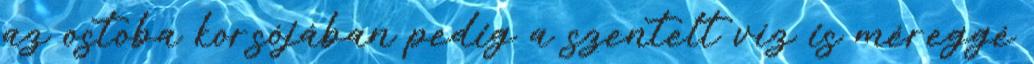
az ostoba korsójában pedig a szentelt víz is méreggé